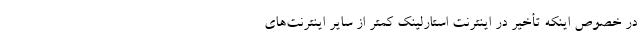
در خصوص اینکه تأخیر در اینترنت استارلینک کمتر از سایر اینترنت‌های